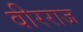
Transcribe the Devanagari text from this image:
वीरराज